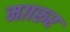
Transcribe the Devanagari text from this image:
मग़रूर